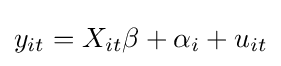
y_{it}=X_{it}\mathbf {\beta } +\alpha _{i}+u_{it}